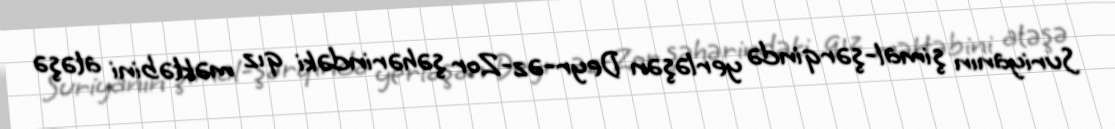
Suriyanın şimal-şərqində yerləşən Deyr-əz-Zor şəhərindəki qız məktəbini atəşə